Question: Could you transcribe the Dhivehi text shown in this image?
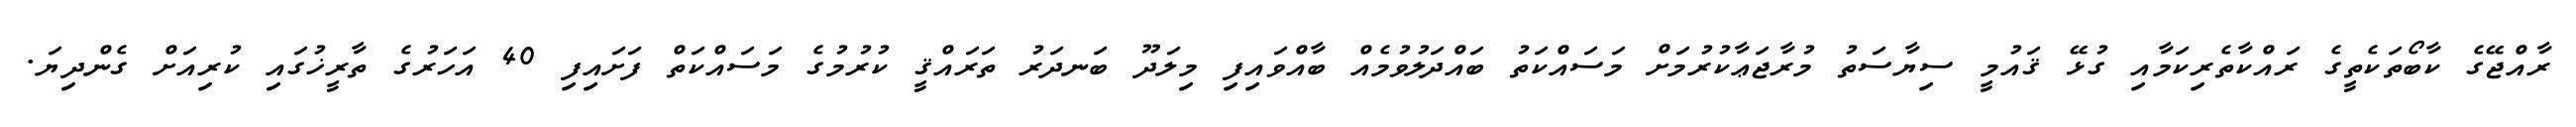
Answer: ރާއްޖޭގެ ކާބޯތަކެތީގެ ރައްކާތެރިކަމާއި ގުޅޭ ޤައުމީ ސިޔާސަތު މުރާޖަޢާކުރުމަށް މަސައްކަތު ބައްދަލުވުމެއް ބާއްވައިފި މިލަދޫ ބަނދަރު ތަރައްޤީ ކުރުމުގެ މަސައްކަތް ފަށައިފި 40 އަހަރުގެ ތާރީޚުގައި ކުރިއަށް ގެންދިޔަ.